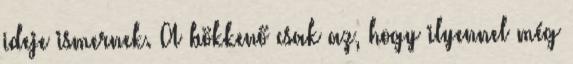
ideje ismernek. A bökkenő csak az, hogy ilyennel még